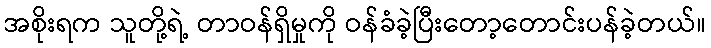
အစိုးရက သူတို့ရဲ့ တာဝန်ရှိမှုကို ဝန်ခံခဲ့ပြီးတော့တောင်းပန်ခဲ့တယ်။